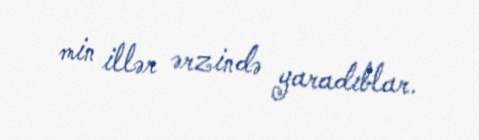
min illər ərzində yaradıblar.